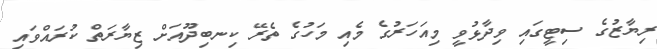
ރިޔާޒުގެ ސިޓީގައި ވިދާޅުވީ މިއަހަރުގެ މެއި މަހުގެ ތެރޭ ކިނބިދޫއަށް ޒިޔާރަތް ކުރައްވައި